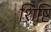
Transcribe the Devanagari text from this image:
शिष्टि